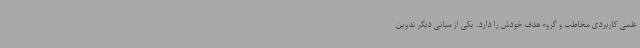
علمی کاربردی مخاطب و گروه هدف خودش را دارد. یکی از مبانی دیگر تدوین